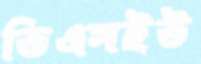
ডিএসইউ